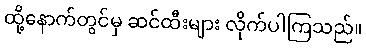
ထို့နောက်တွင်မှ ဆင်ထီးများ လိုက်ပါကြသည်။